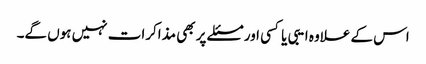
اس کے علاوہ ایبی یا کسی اور مسئلے پر بھی مذاکرات نہیں ہوں گے۔